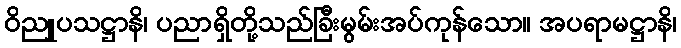
ဝိညူပသဋ္ဌာနိ၊ ပညာရှိတို့သည်ခြီးမွမ်းအပ်ကုန်သော။ အပရာမဋ္ဌာနိ၊